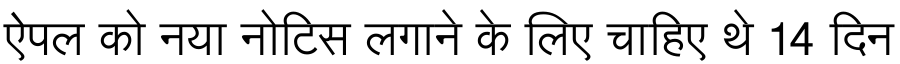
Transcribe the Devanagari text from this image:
ऐपल को नया नोटिस लगाने के लिए चाहिए थे 14 दिन